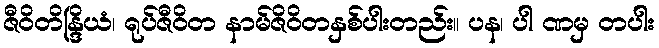
ဇီဝိတိန္ဒြိယံ၊ ရုပ်ဇီဝိတ နာမ်ဇိဝိတနှစ်ပါးတည်း။ ပန၊ ပါ ဏမှ တပါး